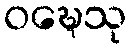
ဝဍ္ဎေသု